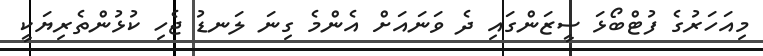
މިއަހަރުގެ ފުޓްބޯޅަ ސީޒަންގައި ދެ ވަނައަށް އެންމެ ގިނަ ލަނޑު ޖެހި ކުޅުންތެރިޔަކީ